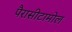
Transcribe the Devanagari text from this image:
पैरासीटामोल